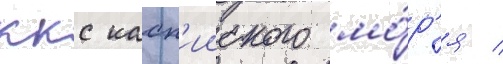
ккс касп'ииского мо́р'я /